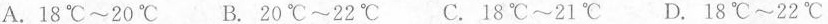
A.18℃~20℃ B.20℃~22℃ C.18℃~21℃ D.18℃~22℃